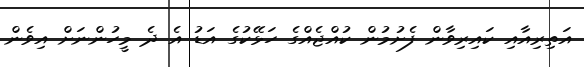
އަތިރިއާއި ކައިރިވާން ފެށުމުން ކުއްޖެއްގެ ހަޅޭކުގެ އަޑު އެ ދެ މީހުންނަށް އިވެން